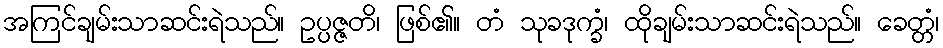
အကြင်ချမ်းသာဆင်းရဲသည်။ ဥပ္ပဇ္ဇတိ၊ ဖြစ်၏။ တံ သုခဒုက္ခံ၊ ထိုချမ်းသာဆင်းရဲသည်။ ခေတ္တံ၊